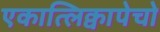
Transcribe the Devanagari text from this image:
एकात्लिक्वापेचो